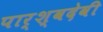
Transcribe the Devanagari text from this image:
पार्श्वदेवी